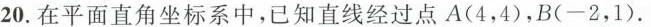
20.在平面直角坐标系中，已知直线经过点A(4，4)，B(-2，1).